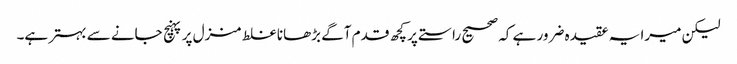
لیکن میرا یہ عقیدہ ضرور ہے کہ صحیح راستے پر کچھ قدم آگے بڑھانا غلط منزل پر پہنچ جانے سے بہتر ہے۔